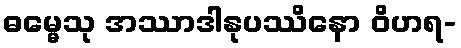
ဓမ္မေသု အဿာဒါနုပဿိနော ဝိဟရ-